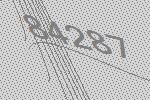
84287